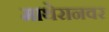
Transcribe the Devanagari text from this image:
माथेरानवर